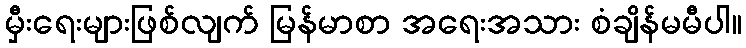
မှီးရေးများဖြစ်လျက် မြန်မာစာ အရေးအသား စံချိန်မမီပါ။